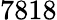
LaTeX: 7818